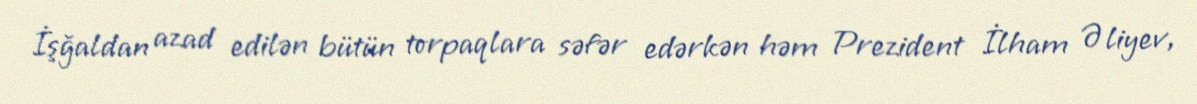
İşğaldan azad edilən bütün torpaqlara səfər edərkən həm Prezident İlham Əliyev,